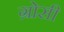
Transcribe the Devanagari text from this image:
ग्रोसी